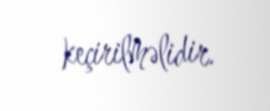
keçirilməlidir.